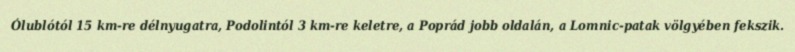
Ólublótól 15 km-re délnyugatra, Podolintól 3 km-re keletre, a Poprád jobb oldalán, a Lomnic-patak völgyében fekszik.